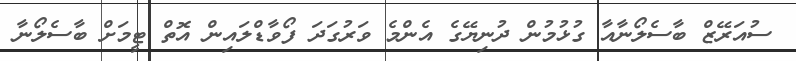
ސުއަރޭޒް ބާސެލޯނާއާ ގުޅުމުން ދުނިޔޭގެ އެންމެ ވަރުގަދަ ފޯވާޑްލައިން އޮތް ޓީމަށް ބާސެލޯނާ